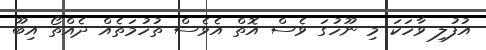
އުފުލި ވާހަކަ މި ނޫހުގަ ވެސް އޮތް އެވެސް ތުހުމަތެއް ދެއްތޯ އިބޫ